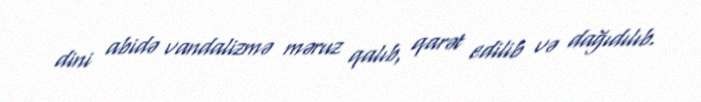
dini abidə vandalizmə məruz qalıb, qarət edilib və dağıdılıb.